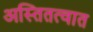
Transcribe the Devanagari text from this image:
अस्तितत्वात